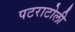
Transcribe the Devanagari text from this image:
पटराटोली